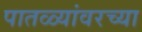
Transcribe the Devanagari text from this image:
पातळ्यांवरच्या